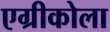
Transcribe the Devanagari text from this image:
एग्रीकोला